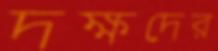
দক্ষদের